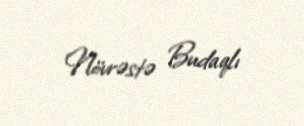
Növrəstə Budaqlı